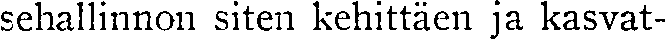
sehallinnon siten kehittäen ja kasvat-